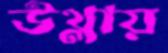
উথ্‌লায়